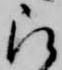
被